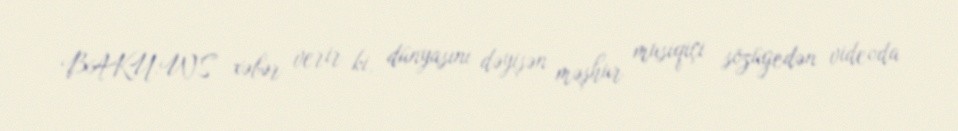
BAKU.WS xəbər verir ki, dünyasını dəyişən məşhur musiqiçi sözügedən videoda